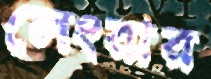
লেংরার